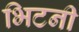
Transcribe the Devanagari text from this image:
भिटनी